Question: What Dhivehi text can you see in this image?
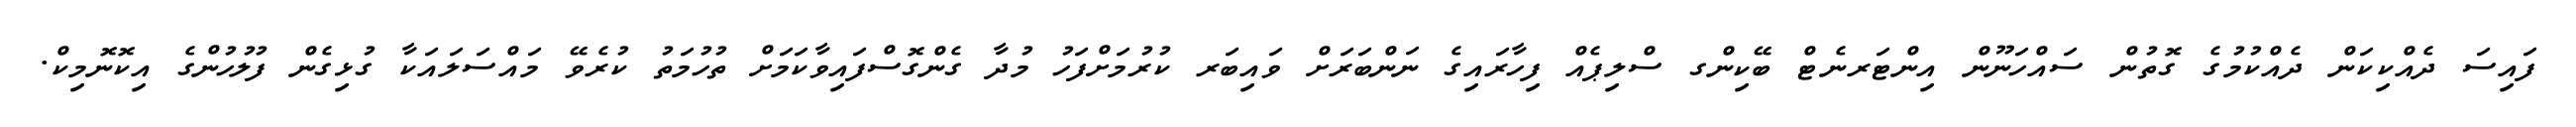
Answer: ފައިސަ ދެއްކިކަން ދެއްކުމުގެ ގޮތުން ސައްހަނޫން އިންޓަރނެޓް ބޭކިންގ ސްލިޕެއް ފިހާރައިގެ ނަންބަރަށް ވައިބަރ ކުރުމަށްފަހު މުދާ ގެންގޮސްފައިވާކަމަށް ތުހުމަތު ކުރެވޭ މައްސަލައަކާ ގުޅިގެން ފުލުހުންގެ އިކޮނޮމިކް.